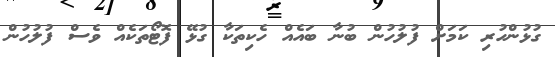
ގުޅުންހުރި ކަމަށް ފުލުހުން ބުނާ ބައެއް ހެކިތަކާ ގުޅޭ ފޮޓޯތަކެއް ވެސް ފުލުހުން